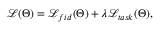
\begin{array} { r } { \mathcal { L } ( \boldsymbol { \Theta } ) = \mathcal { L } _ { f i d } ( \boldsymbol { \Theta } ) + \lambda \mathcal { L } _ { t a s k } ( \boldsymbol { \Theta } ) , } \end{array}